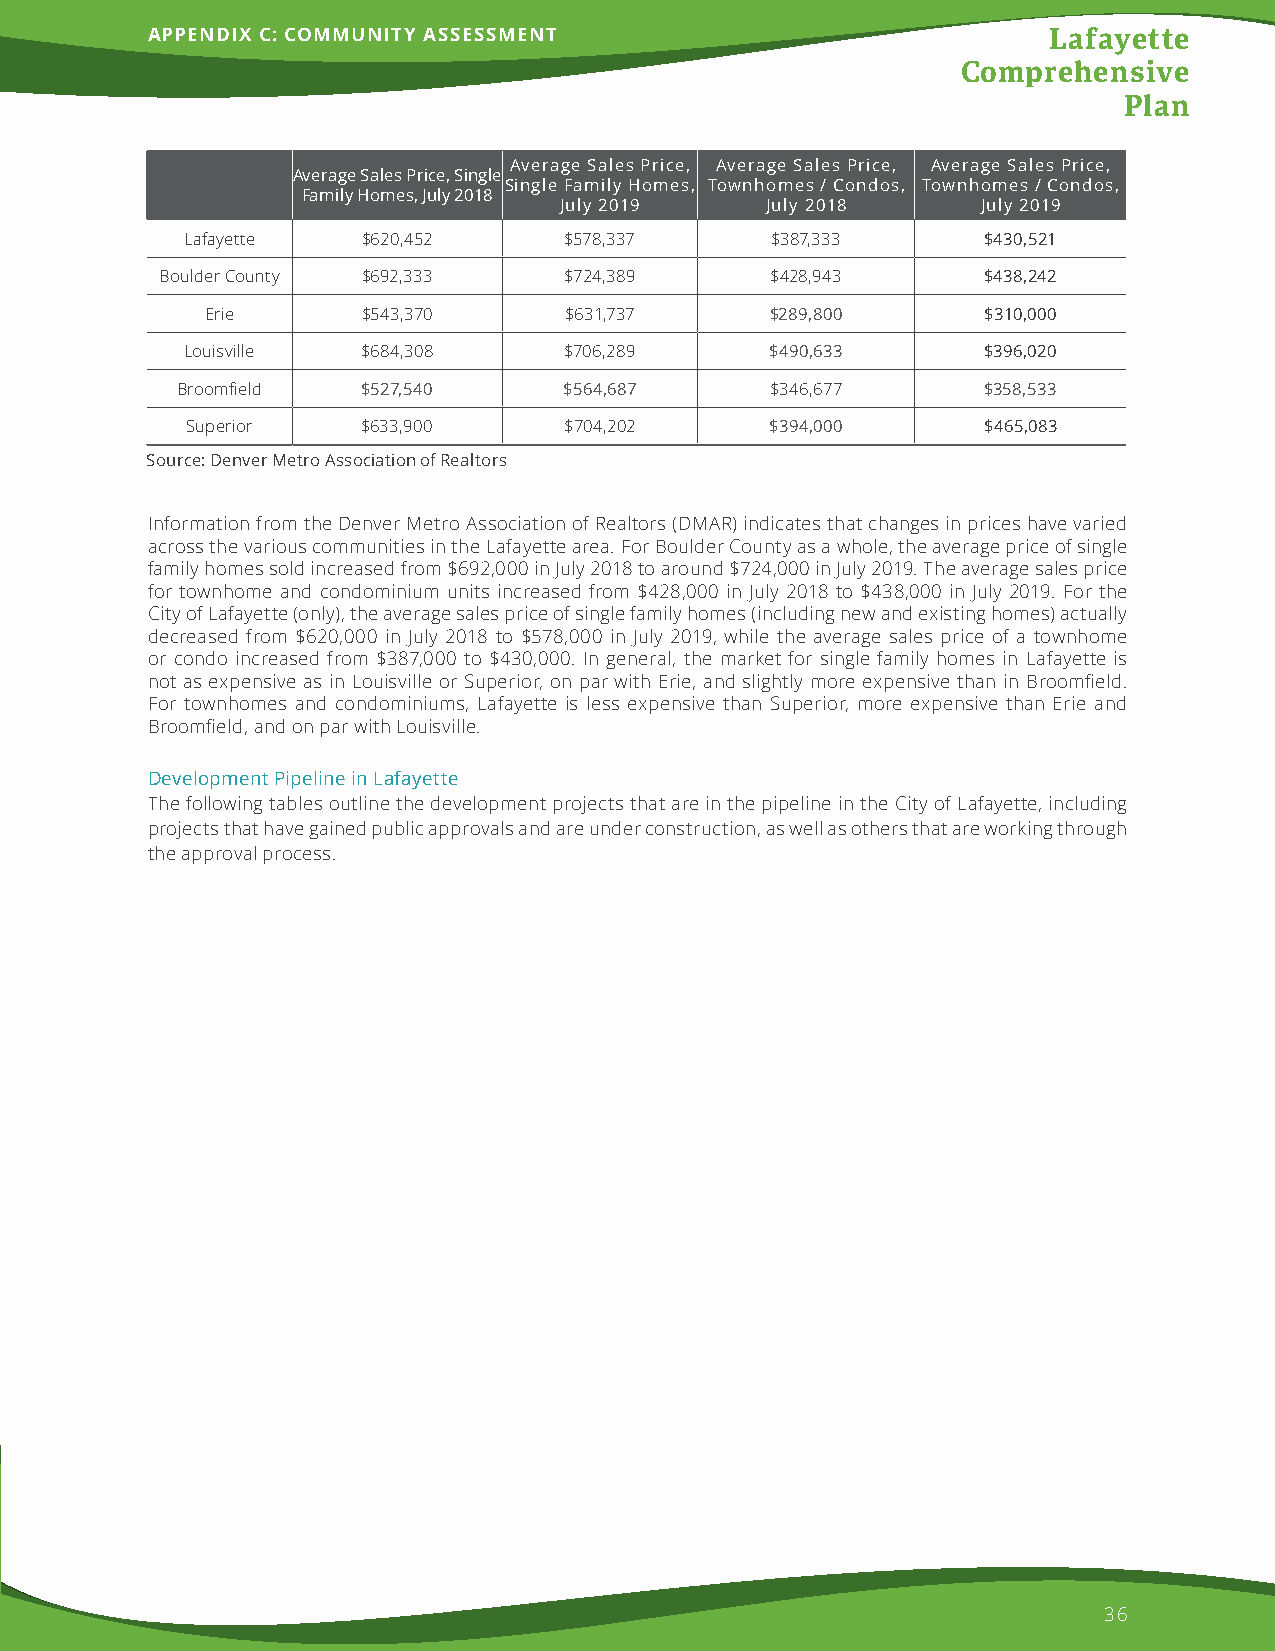
APPENDIX C: COMMUNITY ASSESSMENT                           Lafayette
 Comprehensive
 Plan
 Average Sales Price, Average Sales Price, Average Sales Price,
 Average Sales Price, Single
 Single Family Homes, Townhomes / Condos, Townhomes / Condos,
 Family Homes, July 2018
 July 2019     July 2018     July 2019
 Lafayette   $620,452     $578,337      $387,333      $430,521
 Boulder County $692,333   $724,389      $428,943      $438,242
 Erie      $543,370     $631,737      $289,800      $310,000
 Louisville  $684,308     $706,289      $490,633      $396,020
 Broomfield  $527,540     $564,687      $346,677      $358,533
 Superior    $633,900     $704,202      $394,000      $465,083
 Source: Denver Metro Association of Realtors
 Information from the Denver Metro Association of Realtors (DMAR) indicates that changes in prices have varied
 across the various communities in the Lafayette area. For Boulder County as a whole, the average price of single
 family homes sold increased from $692,000 in July 2018 to around $724,000 in July 2019. The average sales price
 for townhome and condominium units increased from $428,000 in July 2018 to $438,000 in July 2019. For the
 City of Lafayette (only), the average sales price of single family homes (including new and existing homes) actually
 decreased from $620,000 in July 2018 to $578,000 in July 2019, while the average sales price of a townhome
 or condo increased from $387,000 to $430,000. In general, the market for single family homes in Lafayette is
 not as expensive as in Louisville or Superior, on par with Erie, and slightly more expensive than in Broomfield.
 For townhomes and condominiums, Lafayette is less expensive than Superior, more expensive than Erie and
 Broomfield, and on par with Louisville.
 Development Pipeline in Lafayette
 The following tables outline the development projects that are in the pipeline in the City of Lafayette, including
 projects that have gained public approvals and are under construction, as well as others that are working through
 the approval process.
 36